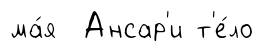
ма́я Ансар'и т'е́ло